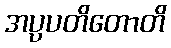
အပ္ပပတိတောတိ